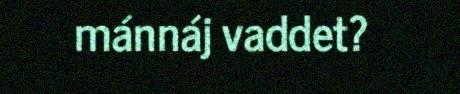
mánnáj vaddet?